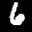
Label: 6